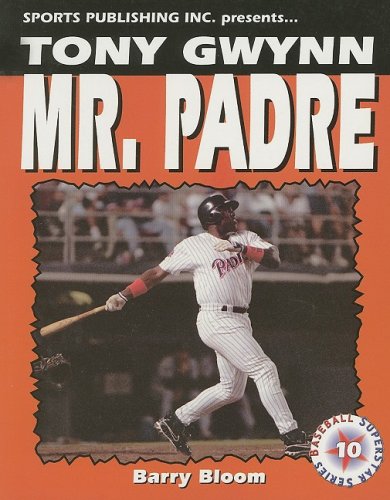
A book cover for Tony Gwynn Mr. Padre (Baseball Superstar); Barry Bloom; Teen & Young Adult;